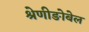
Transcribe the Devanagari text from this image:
श्रेणीङोबेल